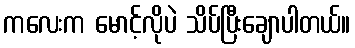
ကလေးက မောင့်လိုပဲ သိပ်ပြီးချောပါတယ်။